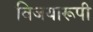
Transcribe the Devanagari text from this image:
विजयारूपी